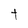
Character: t